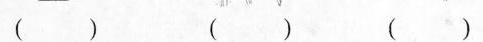
（）（）（）